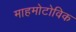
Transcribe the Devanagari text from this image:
माहमोटोविक